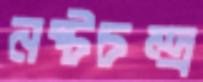
নষ্টচন্দ্র